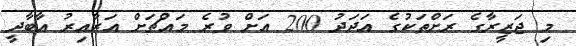
މި ޖަޒީރާގެ ރަށްތަކުގެ އަދަދު 200 އަށް ވުރެ މައްޗަށް އަރާއިރު އާބާދީ